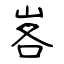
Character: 峉